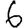
Digit: 6